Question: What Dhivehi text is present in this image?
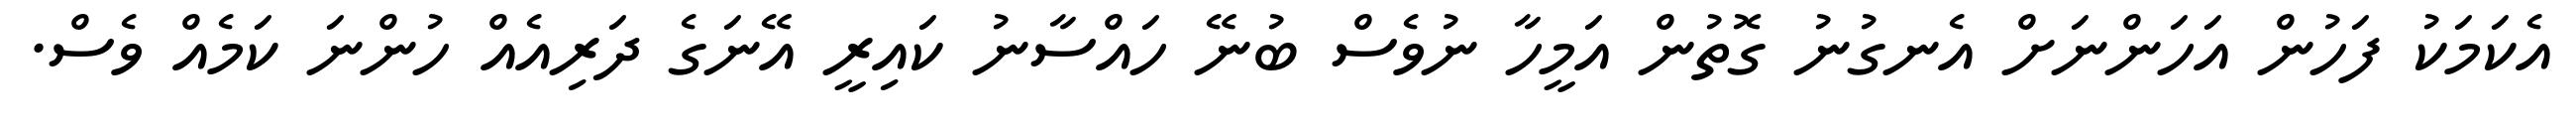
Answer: އެކަމަކު ފަހުން އަހަންނަށް އެނގުނު ގޮތުން އަމީހާ ނުވެސް ބުނޭ ހައްސާނު ކައިރީ އޭނަގެ ދަރިއެއް ހުންނަ ކަމެއް ވެސް.